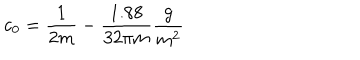
LaTeX: c _ { 0 } = \frac { 1 } { 2 m } - \frac { 1 . 8 8 } { 3 2 \pi m } \frac { g } { m ^ { 2 } }